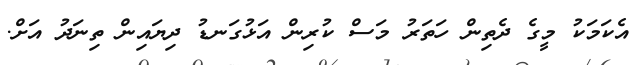
އެކަމަކު މީގެ ދެތިން ހަތަރު މަސް ކުރިން އަޅުގަނޑު ދިޔައިން ތިނަދު އަށް.